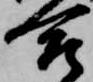
合